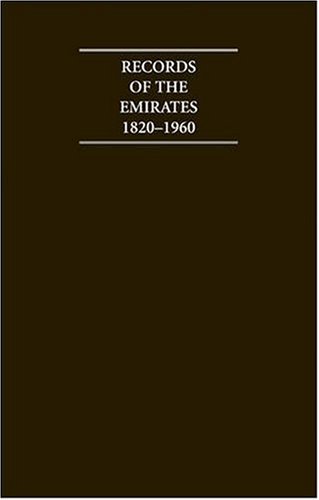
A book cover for Records of the Emirates 1820-1960 12 Volume Hardback Set Including Boxed Genealogical Table and Maps (Cambridge Archive Editions); History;